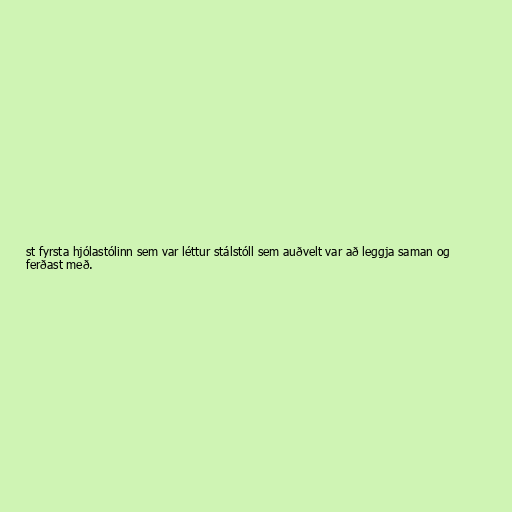
st fyrsta hjólastólinn sem var léttur stálstóll sem auðvelt var að leggja saman og
ferðast með.